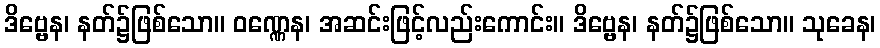
ဒိဗ္ဗေန၊ နတ်၌ဖြစ်သော။ ဝဏ္ဏေန၊ အဆင်းဖြင့်လည်းကောင်း။ ဒိဗ္ဗေန၊ နတ်၌ဖြစ်သော။ သုခေန၊